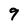
Character: 9